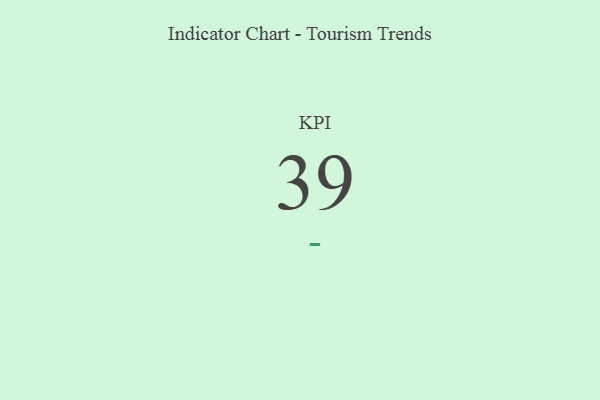
{"axis": {"x": "KPI", "y": "Value"}, "legend": [""], "data": [{"x": "KPI", "y": 39, "type": ""}]}